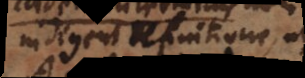
indigent definitione,